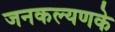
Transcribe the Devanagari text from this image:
जनकल्यणके